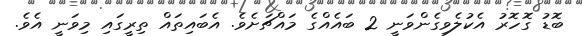
ބޮޑު ގޮހޮރު އެކުލެވިގެންވަނީ 2 ބައެއްގެ މައްޗަށެވެ. އެބައިތައް ތިރީގައި މިވަނީ އެވެ.